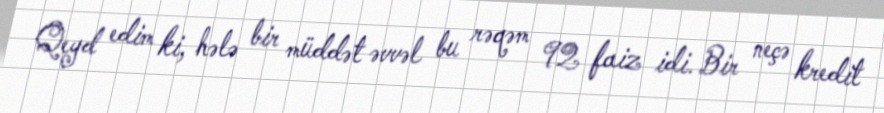
Qeyd edim ki, hələ bir müddət əvvəl bu rəqəm 92 faiz idi. Bir neçə kredit